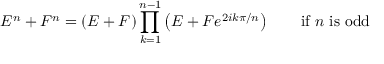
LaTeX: E ^ { n } + F ^ { n } = ( E + F ) \prod _ { k = 1 } ^ { n - 1 } \left( E + F e ^ { 2 i k \pi / n } \right) \qquad { \mathrm { i f ~ } } n { \mathrm { ~ i s ~ o d d } }